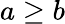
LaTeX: a\geq b